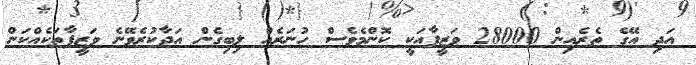
އަދި އޭގެ ތެރެއިން 28000 ވަޒީފާއަކީ ކޮންމެވެސް ހުނަރެއް ލިބިގެން އަދާކުރެވޭނެ ވަޒީފާތަކެއްކަން